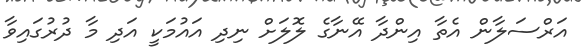
އަރްސަލާން އެތާ އިންދާ އޭނާގެ ލޮލަށް ނިދި އައުމަކީ އަދި މާ ދުރުގައިވާ